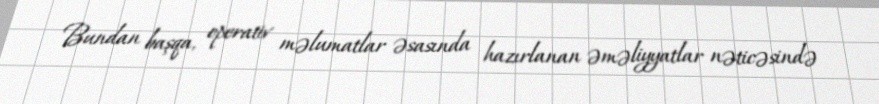
Bundan başqa, operativ məlumatlar əsasında hazırlanan əməliyyatlar nəticəsində